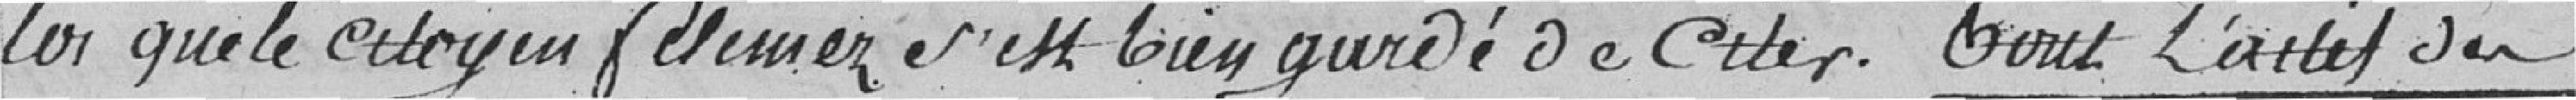
loi que le citoyen Felemez s'est bien gardé de citer. Tout l'arret des